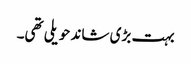
بہت بڑی شاند حویلی تھی۔